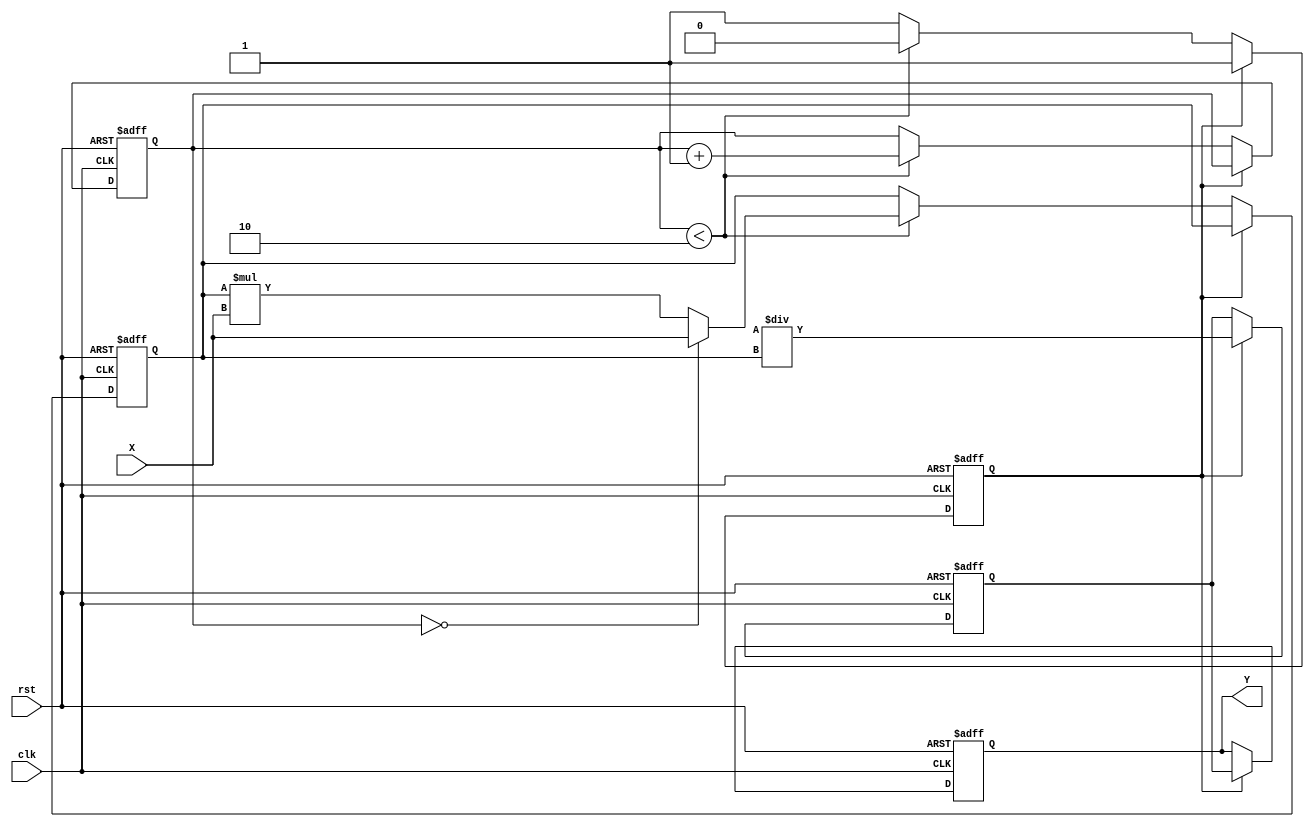
module fractional_order_reciprocal #(
    parameter WIDTH = 32,  // Bit width for input and output
    parameter P = 1,       // Numerator for fractional exponent
    parameter Q = 2        // Denominator for fractional exponent
)(
    input  wire [WIDTH-1:0] X,    // Input data
    input  wire clk,                // Clock signal
    input  wire rst,                // Reset signal
    output reg  [WIDTH-1:0] Y       // Output data
);

    // Internal signals
    reg [WIDTH-1:0] exp_result; // Result of X^(P/Q)
    reg [WIDTH-1:0] reciprocal;  // Result of 1 / exp_result
    reg [7:0] counter;           // Iteration counter for exponentiation
    reg done;                    // Done signal for control logic

    // Exponentiation by using a simple iterative approach
    always @(posedge clk or posedge rst) begin
        if (rst) begin
            counter <= 0;
            exp_result <= 0;
            done <= 0;
        end else if (!done) begin
            if (counter < Q) begin
                // Multiply exp_result by X for p/Q iterations
                if (counter == 0) begin
                    exp_result <= X; // Initialize exp_result
                end else begin
                    exp_result <= exp_result * X;
                end
                counter <= counter + 1;
            end else begin
                done <= 1; // Mark exponentiation as done
            end
        end
    end

    // Reciprocal calculation using Newton-Raphson method
    always @(posedge clk or posedge rst) begin
        if (rst) begin
            reciprocal <= 0;
            Y <= 0;
        end else if (done) begin
            // Start reciprocal calculation after exponentiation is done
            reciprocal <= (1 << WIDTH) / exp_result; // Approximation of 1 / exp_result
            Y <= reciprocal; // Assign to output
        end
    end
endmodule